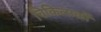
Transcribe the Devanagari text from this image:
चिकित्सकौं